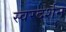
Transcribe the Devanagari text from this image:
स्वरदर्शन